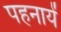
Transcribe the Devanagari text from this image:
पहनायें